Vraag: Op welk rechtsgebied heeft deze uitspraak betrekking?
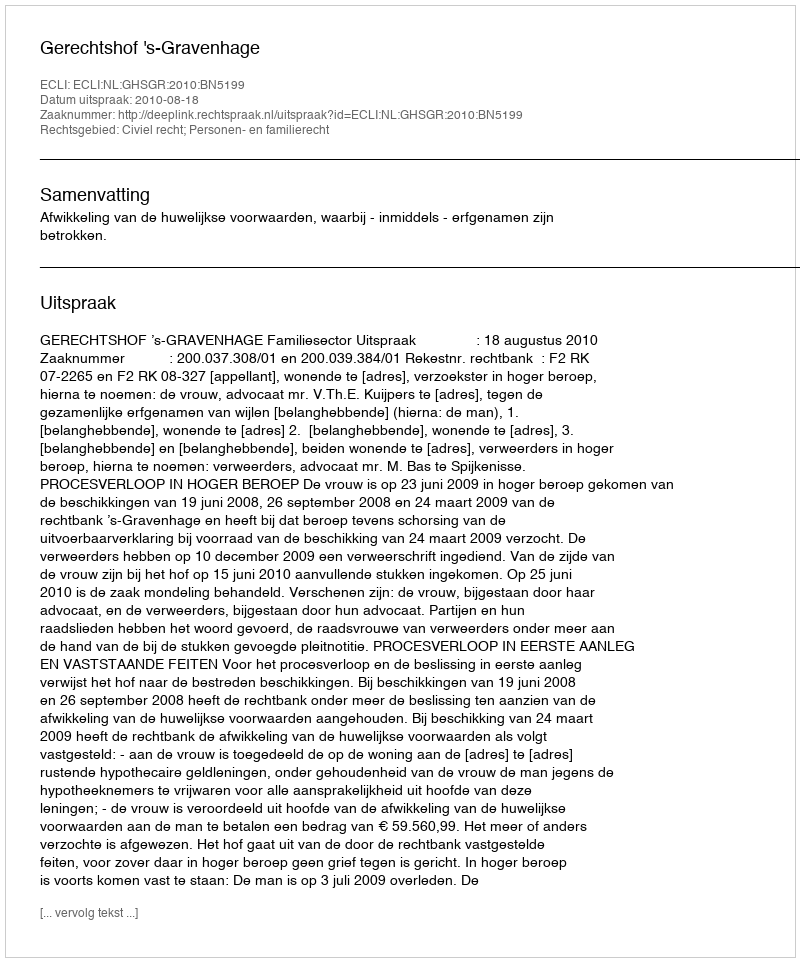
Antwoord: Civiel recht; Personen- en familierecht